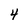
Character: 4